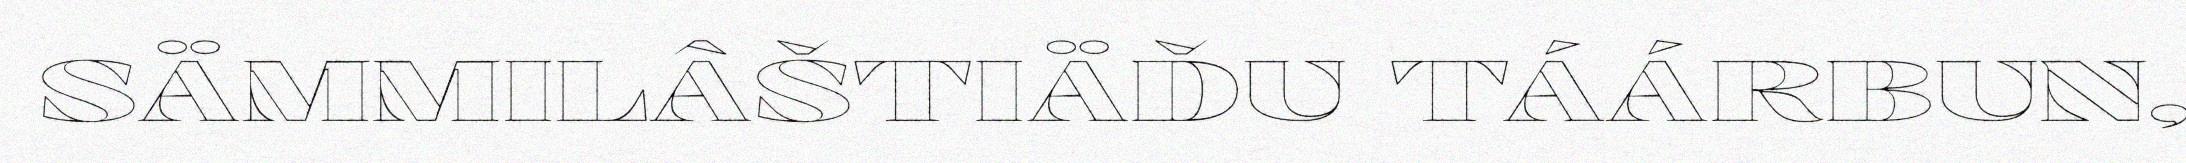
SÄMMILÂŠTIÄĐU TÁÁRBUN,